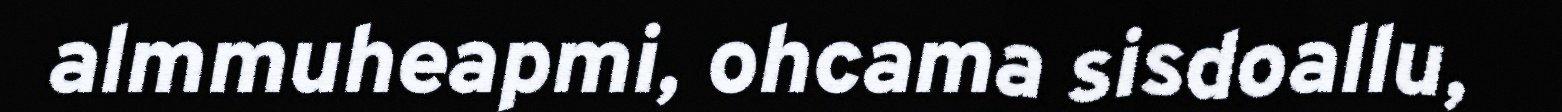
almmuheapmi, ohcama sisdoallu,